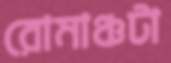
রোমাঞ্চটা